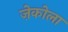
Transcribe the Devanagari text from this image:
ज़ेकोला